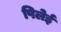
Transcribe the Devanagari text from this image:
पिलेई